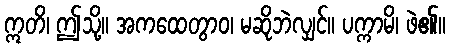
ဣတိ၊ ဤသို့။ အကထေတွာဝ၊ မဆိုဘဲလျှင်။ ပက္ကာမိ၊ ဖဲ၏။